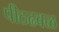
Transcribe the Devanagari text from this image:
पीठढवळ